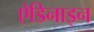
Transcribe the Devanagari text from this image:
ऐडिनाइन